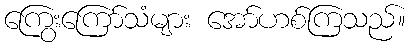
ကြွေးကြော်သံများ အော်ဟစ်ကြသည်။